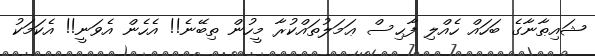
ޝައިޠާނާގެ ބަހައް ހެއްލި ފާޙިސް ޢަމަލުތައްކުރާ މީހުން ތިބޭނެ!! އެހެން އެވަނީ!! އެކަމަކު